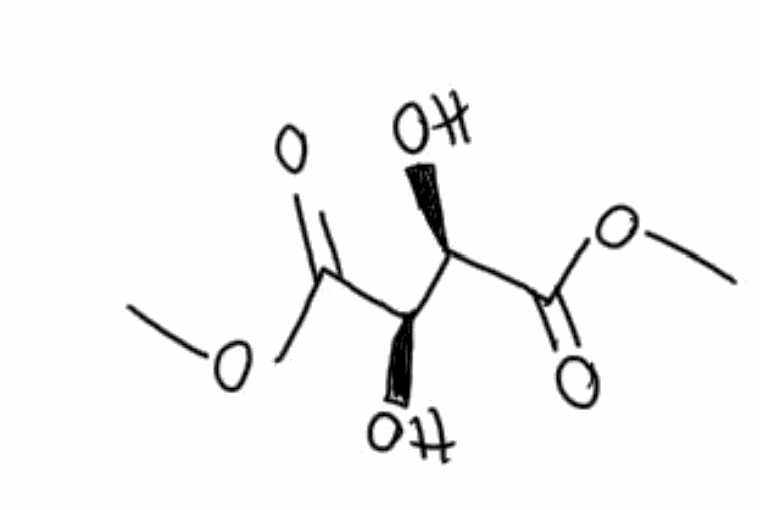
Simplified molecular-input line-entry system (SMILES) notation of the given molecule:
COC(=O)[C@@H]([C@H](C(=O)OC)O)O